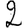
Digit: 2